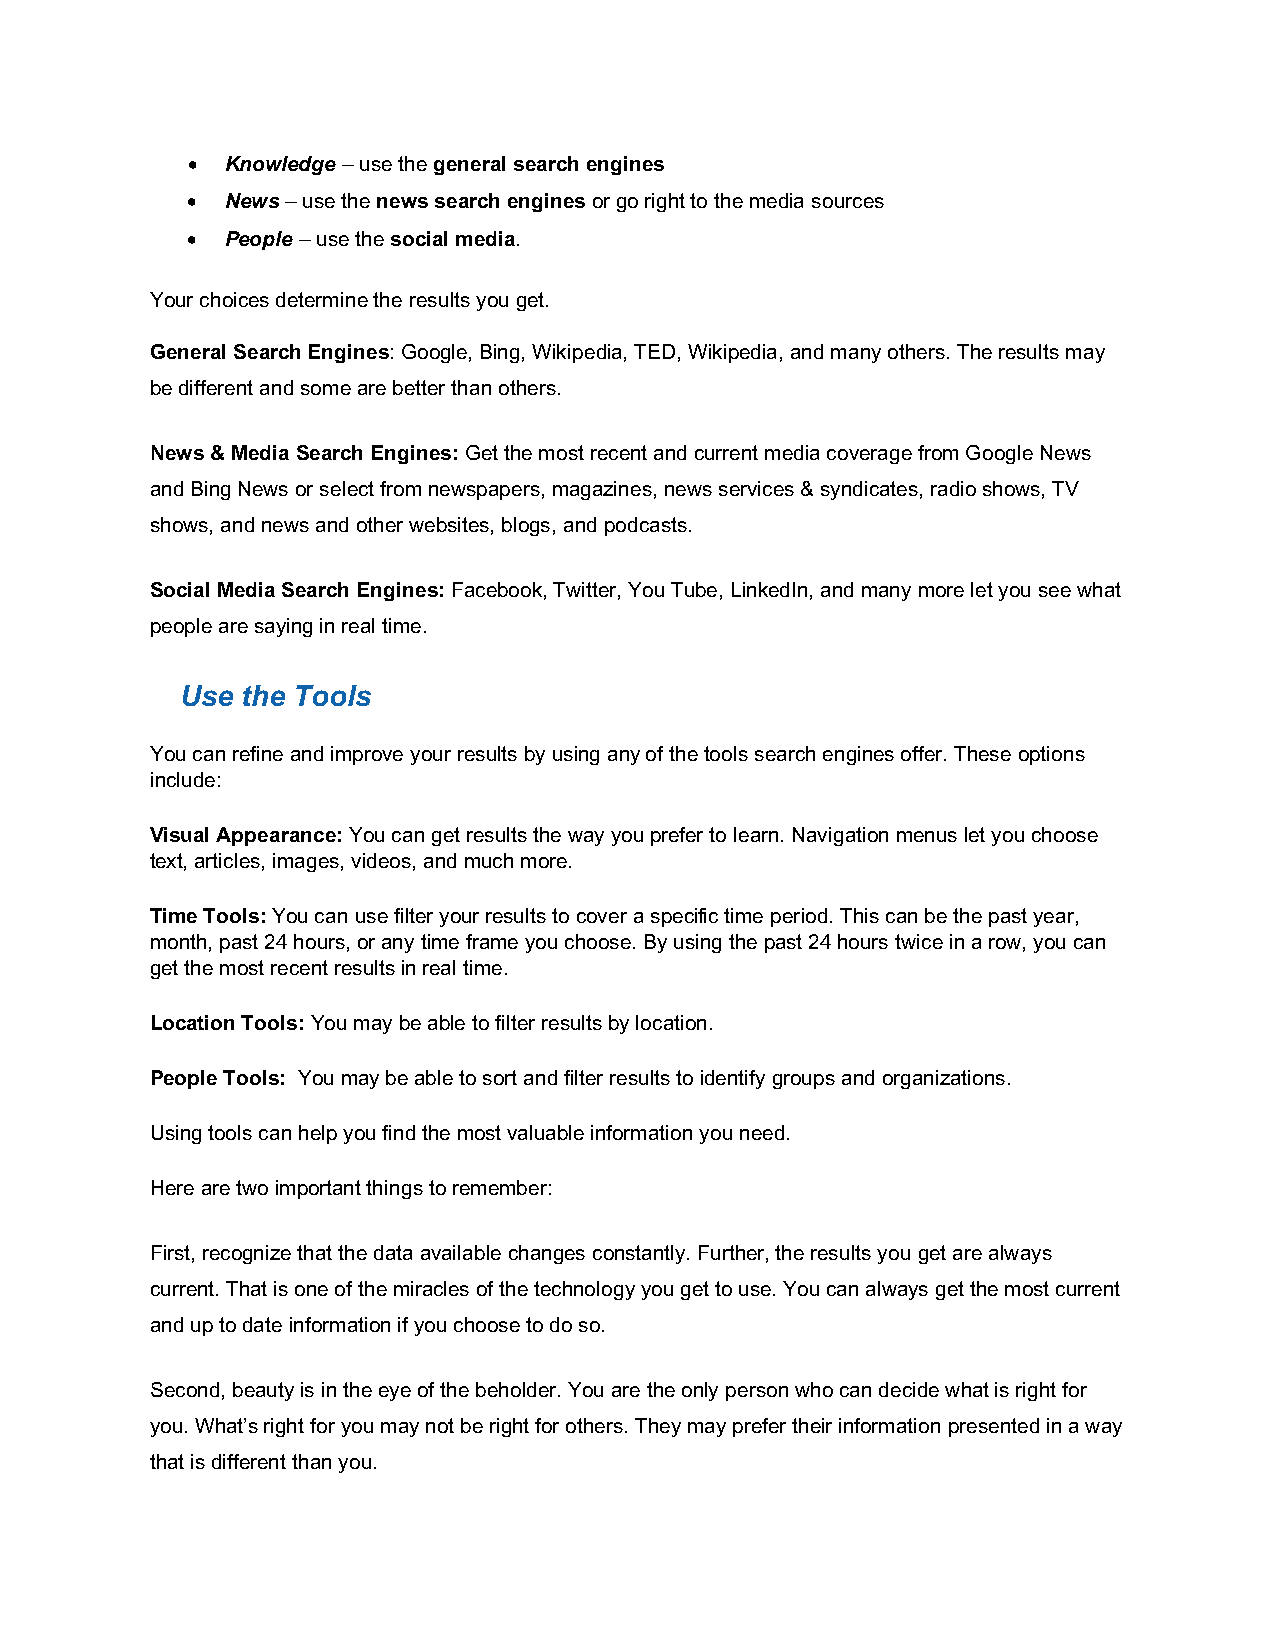
•  Knowledge – use the general search engines
 •  News – use the news search engines or go right to the media sources
 •  People – use the social media.
 Your choices determine the results you get.
 General Search Engines: Google, Bing, Wikipedia, TED, Wikipedia, and many others. The results may
 be different and some are better than others.
 News & Media Search Engines: Get the most recent and current media coverage from Google News
 and Bing News or select from newspapers, magazines, news services & syndicates, radio shows, TV
 shows, and news and other websites, blogs, and podcasts.
 Social Media Search Engines: Facebook, Twitter, You Tube, LinkedIn, and many more let you see what
 people are saying in real time.
 Use the Tools
 You can refine and improve your results by using any of the tools search engines offer. These options
 include:
 Visual Appearance: You can get results the way you prefer to learn. Navigation menus let you choose
 text, articles, images, videos, and much more.
 Time Tools: You can use filter your results to cover a specific time period. This can be the past year,
 month, past 24 hours, or any time frame you choose. By using the past 24 hours twice in a row, you can
 get the most recent results in real time.
 Location Tools: You may be able to filter results by location.
 People Tools: You may be able to sort and filter results to identify groups and organizations.
 Using tools can help you find the most valuable information you need.
 Here are two important things to remember:
 First, recognize that the data available changes constantly. Further, the results you get are always
 current. That is one of the miracles of the technology you get to use. You can always get the most current
 and up to date information if you choose to do so.
 Second, beauty is in the eye of the beholder. You are the only person who can decide what is right for
 you. What’s right for you may not be right for others. They may prefer their information presented in a way
 that is different than you.